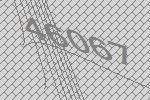
46067